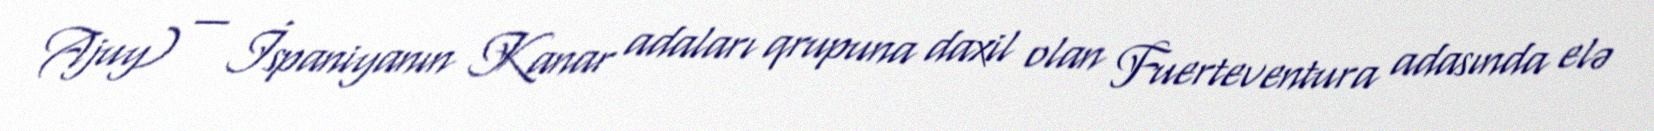
Ajuy) — İspaniyanın Kanar adaları qrupuna daxil olan Fuerteventura adasında elə